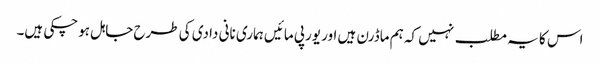
اس کا یہ مطلب نہیں کہ ہم ماڈرن ہیں اور یورپی مائیں ہماری نانی دادی کی طرح جاہل ہوچکی ہیں۔